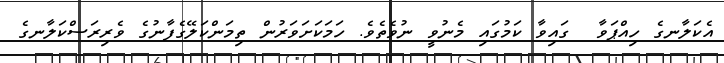
އެކަލާނގެ ހިއްޕަވާ  ގައިވާ ކަމުގައި މެނުވީ ނުވެތެވެ. ހަމަކަށަވަރުން ތިމަންކަލޭގެފާނުގެ ވެރިރަސްކަލާނގެ